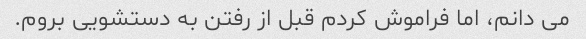
می دانم، اما فراموش کردم قبل از رفتن به دستشویی بروم.